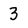
Character: 3